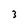
Character: 3